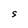
Character: S